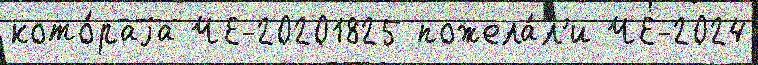
кото́раjа ЧЕ-20201825 пожела́л'и ЧЕ-2024